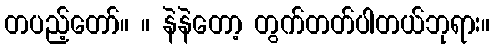
တပည့်တော်။ ။ နဲနဲတော့ တွက်တတ်ပါတယ်ဘုရား။